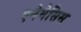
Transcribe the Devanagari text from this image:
एनेमेसिस